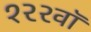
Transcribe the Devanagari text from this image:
१२२वॉ